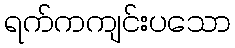
ရက်ကကျင်းပသော